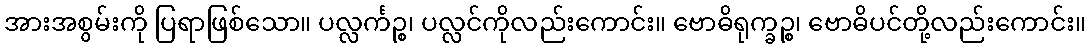
အားအစွမ်းကို ပြရာဖြစ်သော။ ပလ္လင်္ကဉ္စ၊ ပလ္လင်ကိုလည်းကောင်း။ ဗောဓိရုက္ခဉ္စ၊ ဗောဓိပင်တို့လည်းကောင်း။